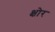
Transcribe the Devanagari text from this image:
क्षोर